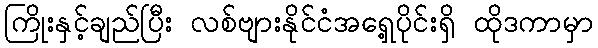
ကြိုးနှင့်ချည်ပြီး လစ်ဗျားနိုင်ငံအရှေ့ပိုင်းရှိ ထိုဒကာမှာ